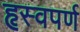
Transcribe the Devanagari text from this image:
हृस्वपर्ण